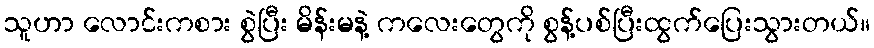
သူဟာ လောင်းကစား စွဲပြီး မိန်းမနဲ့ ကလေးတွေကို စွန့်ပစ်ပြီးထွက်ပြေးသွားတယ်။